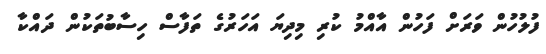
ފުލުހުން ވަރަށް ފަހުން އާއްމު ކުރި މިދިޔަ އަހަރުގެ ތަފާސް ހިސާބުތަކުން ދައްކާ